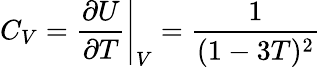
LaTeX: C_{V}=\left.\frac{\partial U}{\partial T}\right|_{V}=\frac{1}{(1-3T)^{2}}